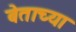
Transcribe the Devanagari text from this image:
बेताच्या